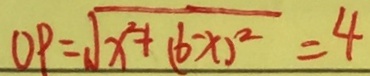
O P = \sqrt { x ^ { 2 } + ( 6 - x ) ^ { 2 } } = 4